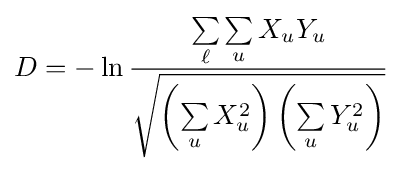
D=-\ln {\frac {\sum \limits _{\ell }\sum \limits _{u}X_{u}Y_{u}}{\sqrt {\left(\sum \limits _{u}X_{u}^{2}\right)\left(\sum \limits _{u}Y_{u}^{2}\right)}}}